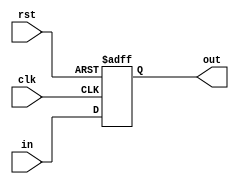
module ExMemReg #(parameter N = 32)(clk, rst, in, out);
    input clk, rst;
    input [N-1:0]in;
    output reg [N-1:0] out;
    always @(posedge clk,posedge rst) begin
        if (rst)
            out <= {N{1'b0}};
        else
            out <= in;
    end
endmodule